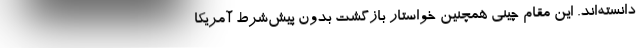
دانسته‌اند. این مقام چینی همچنین خواستار بازگشت بدون پیش‌شرط آمریکا